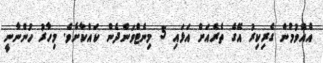
އެއްވުމުން ގެރިކިރު އޭގެ ތެރެއަށް އަޅައި 5 މިނެޓްވަންދެން ކައްކާށެވެ. މިހާރު ހުންނާނީ